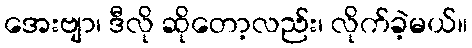
အေးဗျာ၊ ဒီလို ဆိုတော့လည်း၊ လိုက်ခဲ့မယ်။